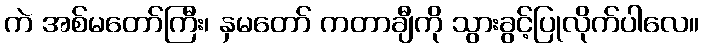
ကဲ အစ်မတော်ကြီး၊ နှမတော် ကတာချီကို သွားခွင့်ပြုလိုက်ပါလေ။